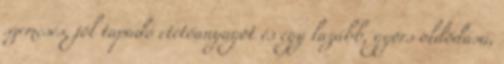
szemcsés, jól tapadó etetőanyagot és egy lazább, gyors oldódású,